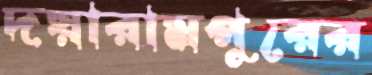
দয়ারামপুরের